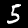
Digit: 5